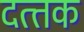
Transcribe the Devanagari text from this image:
दत्‍तक